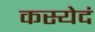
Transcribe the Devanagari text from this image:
कस्येदं